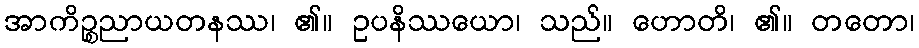
အာကိဉ္စညာယတနဿ၊ ၏။ ဥပနိဿယော၊ သည်။ ဟောတိ၊ ၏။ တတော၊